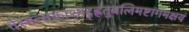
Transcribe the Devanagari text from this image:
तेस्मत्सकाशाद्गृह्णंतुबलिमष्टांगमक्षयं